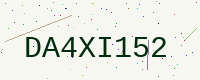
Text: DA4XI152